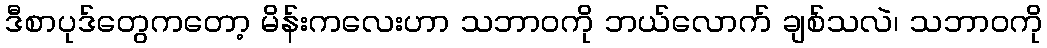
ဒီစာပုဒ်တွေကတော့ မိန်းကလေးဟာ သဘာဝကို ဘယ်လောက် ချစ်သလဲ၊ သဘာဝကို